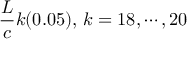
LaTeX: { \frac { L } { c } } k ( 0 . 0 5 ) , \, k = 1 8 , \cdots , 2 0